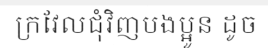
ក្រវែលជុំវិញបងប្អូន ដូច